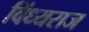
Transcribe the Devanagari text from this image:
विंध्यराज